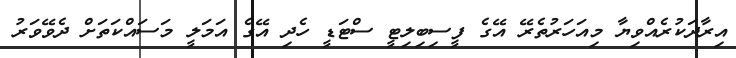
އިރާދަކުރެއްވިޔާ މިއަހަރުތެރޭ އޭގެ ފީސިބިލިޓީ ސްޓަޑީ ހެދި އޭގެ އަމަލީ މަސައްކަތަށް ދެވޭވަރު